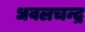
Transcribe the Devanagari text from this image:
धवलचन्द्र